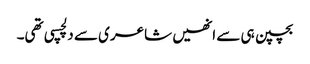
بچپن ہی سے انھیں شاعری سے دلچسپی تھی۔